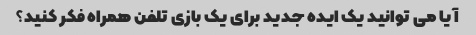
آیا می توانید یک ایده جدید برای یک بازی تلفن همراه فکر کنید؟